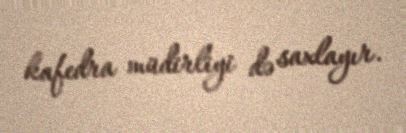
kafedra müdirliyi də saxlayır.